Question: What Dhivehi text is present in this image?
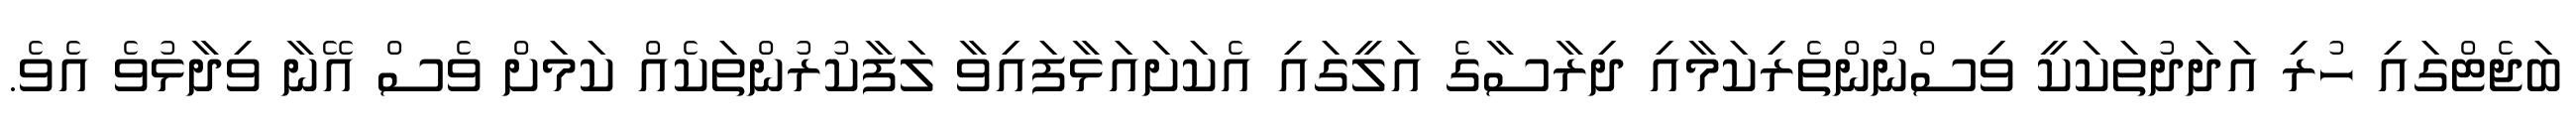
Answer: ބަޖެޓްގައި ހުރި އަދަދުތަކަކީ ވިސްނުންތެރިކަމާއި ދިރާސާގެ އަލީގައި އެކަށައަޅާފައިވާ ލަފާކުރުންތަކެއް ކަމަށް ވެސް އޭނާ ވިދާޅުވެ އެވެ.